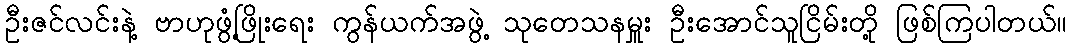
ဦးဇင်လင်းနဲ့ ဗာဟုဖွံ့ဖြိုးရေး ကွန်ယက်အဖွဲ့ သုတေသနမှူး ဦးအောင်သူငြိမ်းတို့ ဖြစ်ကြပါတယ်။